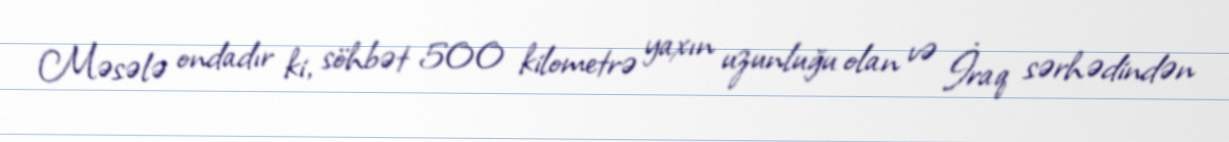
Məsələ ondadır ki, söhbət 500 kilometrə yaxın uzunluğu olan və İraq sərhədindən